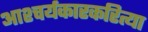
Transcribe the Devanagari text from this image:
आश्चर्यकारकरित्या